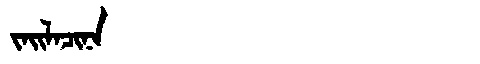
Manchu: ᠵᠠᡳᠯᠠᠴᡳᠨᠠ
Romanization: JAILACINA